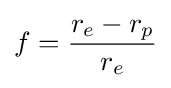
f={\frac {r_{e}-r_{p}}{r_{e}}}